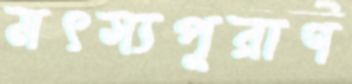
মৎস্যপুরাণ